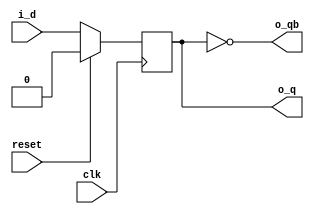
module dff_sync (
                 i_d    ,  //input
                 clk    ,  //clock
                 reset  ,  //reset
                 o_q    ,  //output
                 o_qb      //output complement
                 )      ;

//port declaration
input i_d, clk, reset   ;
output o_q, o_qb        ; 
reg o_q                 ;

assign o_qb = ~o_q      ;  //assigning qb to be complement of q

always @ (posedge clk)     //sensitivity list as positive edge of clock
   begin
      if (reset)           
         o_q <= 1'b0    ;  //if reset is 1 then assigning q to be 0
      else                 
         o_q <= i_d     ;  //else assign q to the input  
   end

endmodule